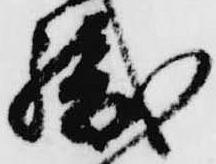
織